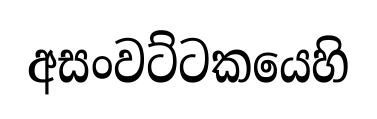
අසංවට්ටකයෙහි